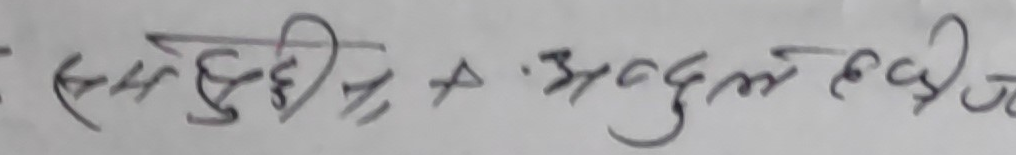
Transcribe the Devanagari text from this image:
एक दुहीने ३ अदुमले हिज